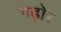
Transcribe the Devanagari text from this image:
गढ़ोर